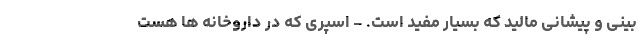
بینی و پیشانی مالید که بسیار مفید است. - اسپری که در داروخانه ها هست